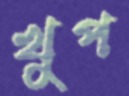
খুপ